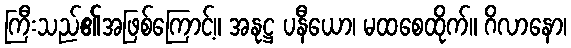
ကြီးသည်၏အဖြစ်ကြောင့်။ အနုဋ္ဌ ပနီယော၊ မထစေထိုက်။ ဂိလာနော၊